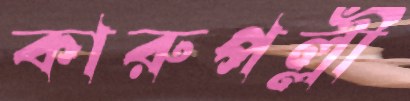
কারুপল্লী